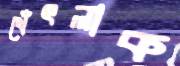
থেঁৎলাক